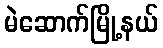
မဲဆောက်မြို့နယ်